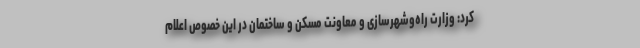
کرد: وزارت راه‌وشهرسازی و معاونت مسکن و ساختمان در این خصوص اعلام